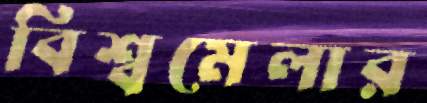
বিশ্বমেলার